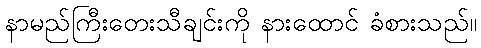
နာမည်ကြီးတေးသီချင်းကို နားထောင် ခံစားသည်။